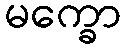
မက္ခော